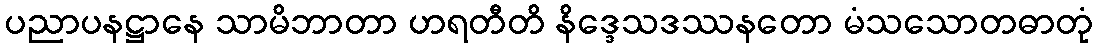
ပညာပနဋ္ဌာနေ သာမိဘာတာ ဟရတီတိ နိဒ္ဒေသဒဿနတော မံသသောတဓာတုံ